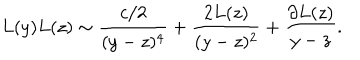
L ( y ) L ( z ) \sim \frac { c / 2 } { ( y - z ) ^ { 4 } } + \frac { 2 L ( z ) } { ( y - z ) ^ { 2 } } + \frac { \partial L ( z ) } { y - z } .